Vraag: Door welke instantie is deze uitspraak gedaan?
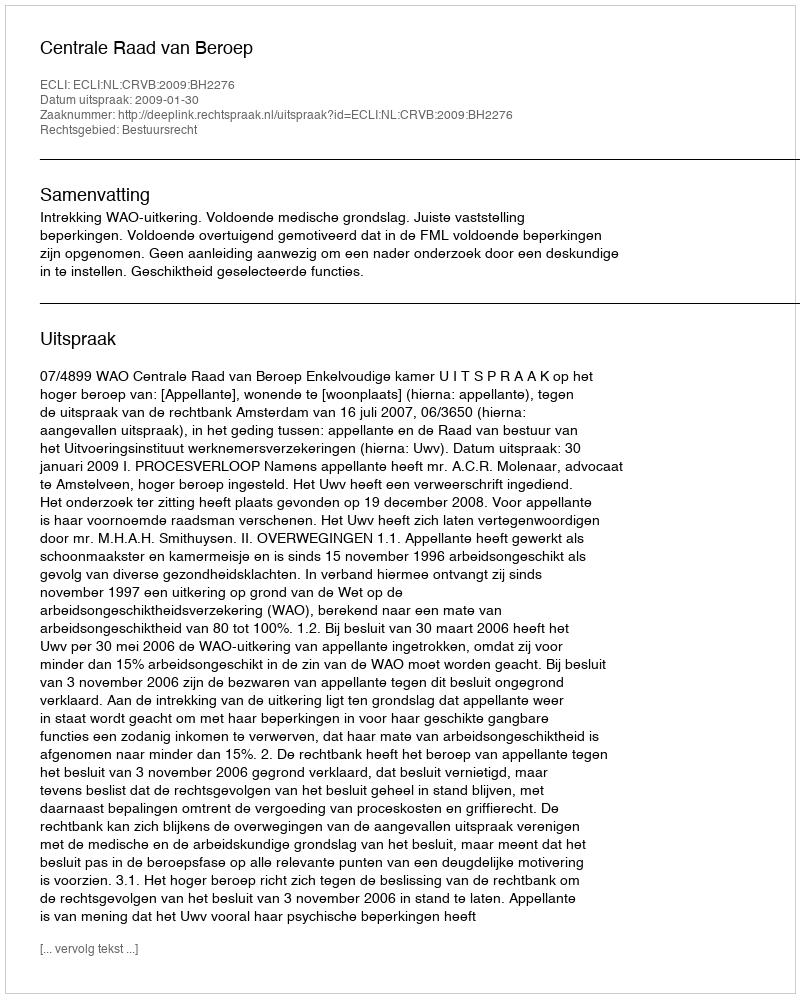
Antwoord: Centrale Raad van Beroep